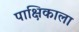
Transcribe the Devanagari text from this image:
पाक्षिकाला